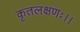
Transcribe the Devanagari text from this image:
कृतलक्षणः।।